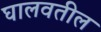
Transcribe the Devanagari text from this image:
घालवतील